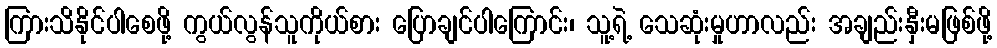
ကြားသိနိုင်ပါစေဖို့ ကွယ်လွန်သူကိုယ်စား ပြောချင်ပါကြောင်း၊ သူ့ရဲ့ သေဆုံးမှုဟာလည်း အချည်းနှီးမဖြစ်ဖို့